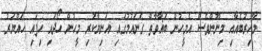
މާހިރުބެއާއި މިނޫންވެސް އެމީހުން ބަޣާވާތް ގެނައުމުގައި އަނިޔާކުރި މީހުން ހޯދައި ހިފައި ހައްޔަރު